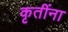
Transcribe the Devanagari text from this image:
कृतींना